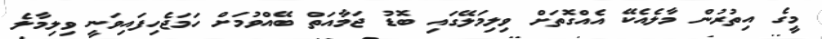
މީގެ އިތުރުން މާލެއެކޭ އެއްގޮތަށް ވިލިމަލޭގައި ބޮޑު ޖަމާއަތް ބޭއްވުމަށް ހަމަޖެހިފައިވަނީ ވިލިމާލެ